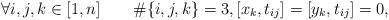
LaTeX: \begin{align*}\forall i,j,k\in[1,n]\quad\quad\#\{i,j,k\}=3,[x_k,t_{ij}]=[y_k,t_{ij}]=0, \end{align*}